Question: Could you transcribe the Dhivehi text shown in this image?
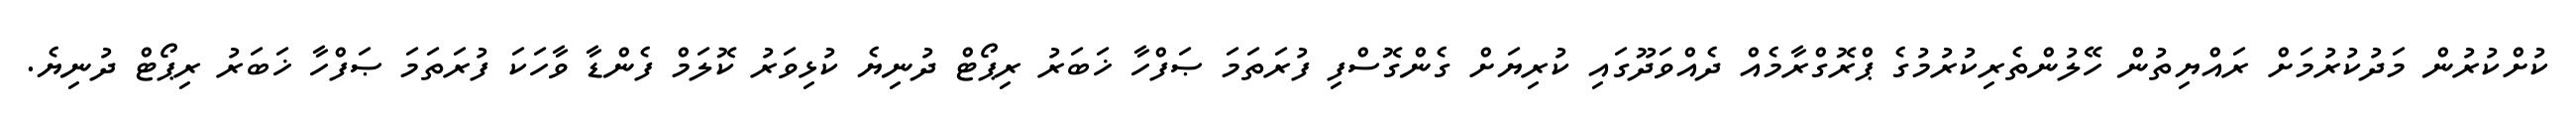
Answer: ކުށްކުރުން މަދުކުރުމަށް ރައްޔިތުން ހޭލުންތެރިކުރުމުގެ ޕްރޮގްރާމެއް ދެއްވަދޫގައި ކުރިޔަށް ގެންގޮސްފި ފުރަތަމަ ޞަފްހާ ޚަބަރު ރިޕޯޓް ދުނިޔެ ކުޅިވަރު ކޮލަމް ފެންޑާ ވާހަކަ ފުރަތަމަ ޞަފްހާ ޚަބަރު ރިޕޯޓް ދުނިޔެ.